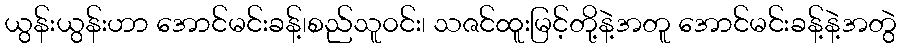
ယွန်းယွန်းဟာ အောင်မင်းခန့်၊စည်သူ၀င်း၊ သဇင်ထူးမြင့်တို့နဲ့အတူ အောင်မင်းခန့်နဲ့အတွဲ